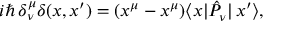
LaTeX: i \hbar \, \delta _ { \nu } ^ { \mu } \delta ( x , x ^ { \prime } ) = ( x ^ { \mu } - x ^ { \mu } ) \langle x | \hat { P } _ { \nu } | \, x ^ { \prime } \rangle ,